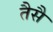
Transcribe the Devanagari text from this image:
तैसै